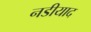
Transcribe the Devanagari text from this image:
नडीयाद